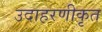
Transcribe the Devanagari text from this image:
उदाहरणीकृत